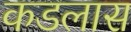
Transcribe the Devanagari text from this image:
कडलास